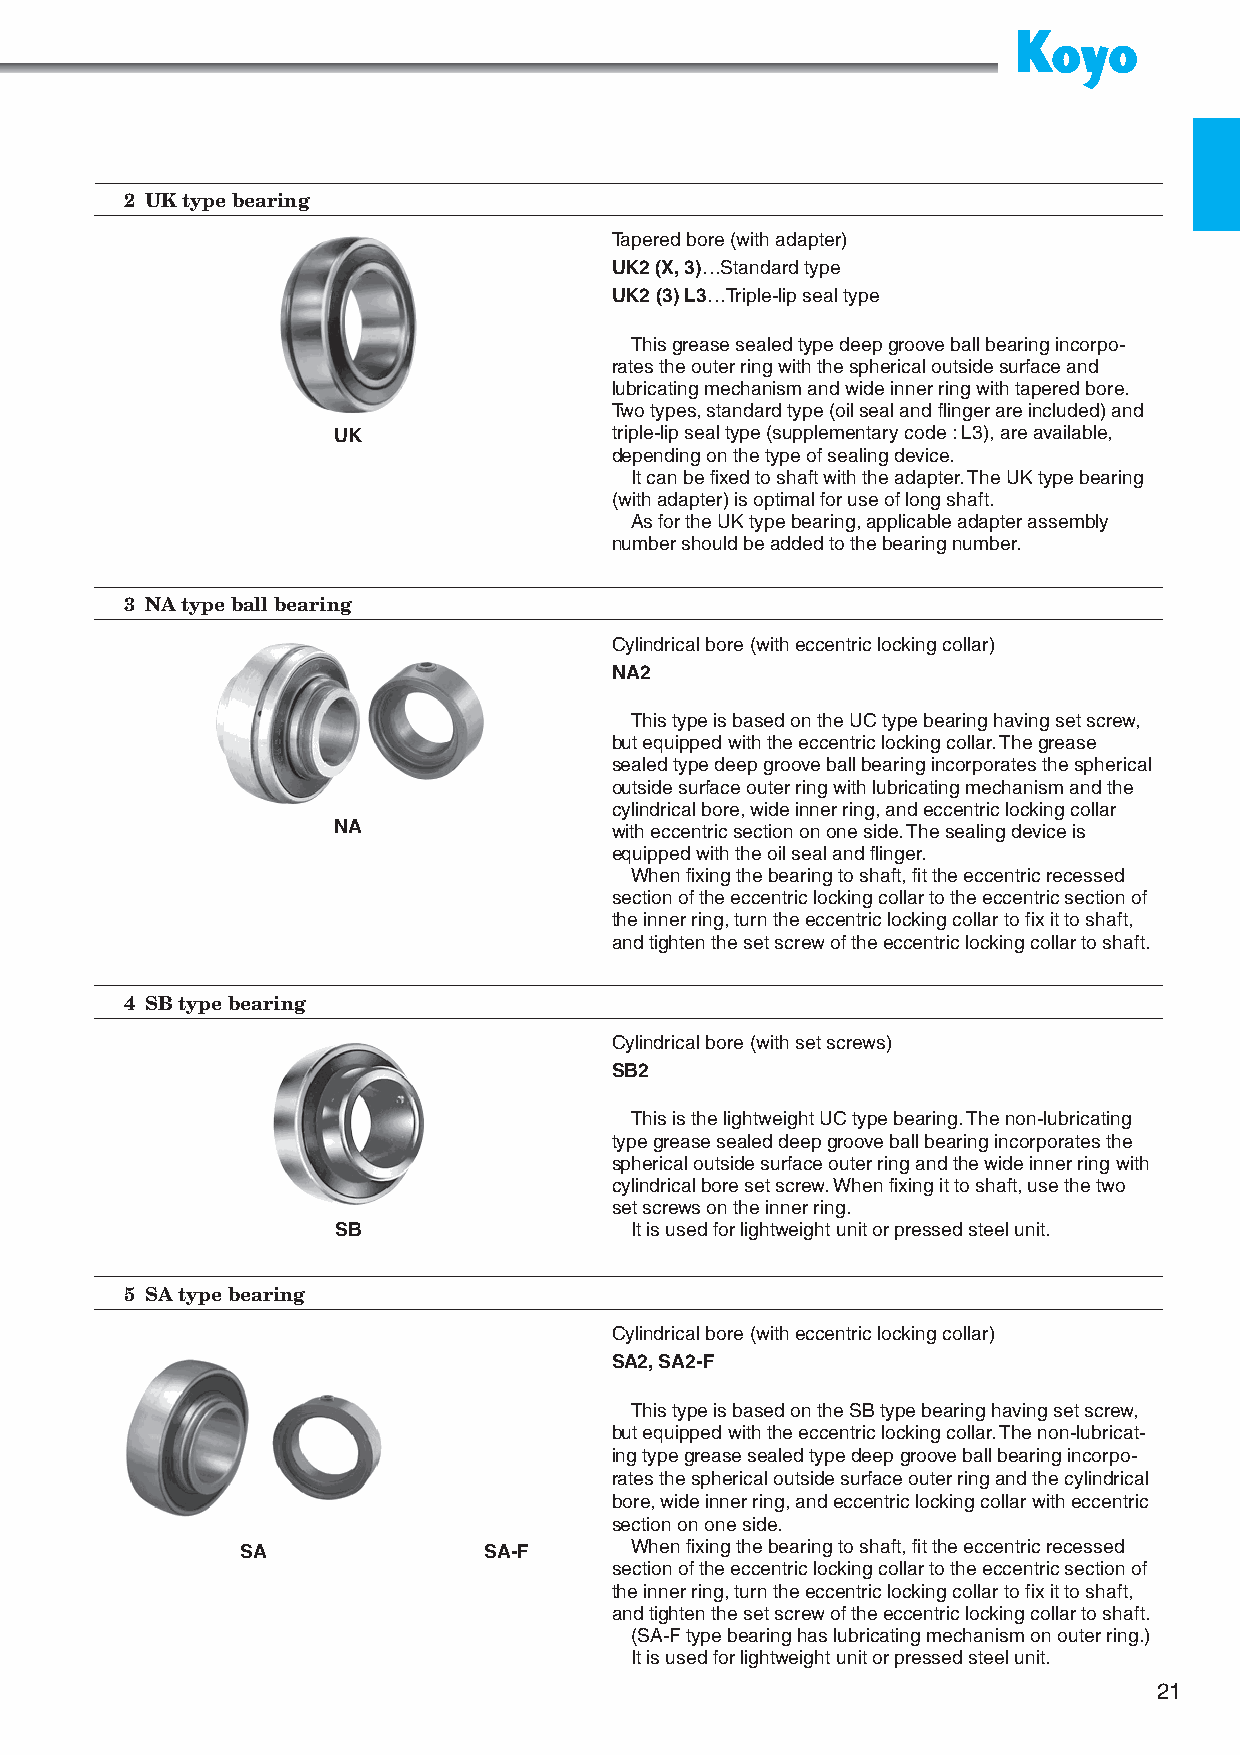
2 UK type bearing
 Tapered bore (with adapter)
 UK2 (X, 3)…Standard type
 UK2 (3) L3…Triple-lip seal type
 This grease sealed type deep groove ball bearing incorpo-
 rates the outer ring with the spherical outside surface and
 lubricating mechanism and wide inner ring with tapered bore.
 Two types, standard type (oil seal and flinger are included) and
 UK                triple-lip seal type (supplementary code : L3), are available,
 depending on the type of sealing device.
 It can be fixed to shaft with the adapter. The UK type bearing
 (with adapter) is optimal for use of long shaft.
 As for the UK type bearing, applicable adapter assembly
 number should be added to the bearing number.
 3 NA type ball bearing
 Cylindrical bore (with eccentric locking collar)
 NA2
 This type is based on the UC type bearing having set screw,
 but equipped with the eccentric locking collar. The grease
 sealed type deep groove ball bearing incorporates the spherical
 outside surface outer ring with lubricating mechanism and the
 cylindrical bore, wide inner ring, and eccentric locking collar
 NA                with eccentric section on one side. The sealing device is
 equipped with the oil seal and flinger.
 When fixing the bearing to shaft, fit the eccentric recessed
 section of the eccentric locking collar to the eccentric section of
 the inner ring, turn the eccentric locking collar to fix it to shaft,
 and tighten the set screw of the eccentric locking collar to shaft.
 4 SB type bearing
 Cylindrical bore (with set screws)
 SB2
 This is the lightweight UC type bearing. The non-lubricating
 type grease sealed deep groove ball bearing incorporates the
 spherical outside surface outer ring and the wide inner ring with
 cylindrical bore set screw. When fixing it to shaft, use the two
 set screws on the inner ring.
 SB                  It is used for lightweight unit or pressed steel unit.
 5 SA type bearing
 Cylindrical bore (with eccentric locking collar)
 SA2, SA2-F
 This type is based on the SB type bearing having set screw,
 but equipped with the eccentric locking collar. The non-lubricat-
 ing type grease sealed type deep groove ball bearing incorpo-
 rates the spherical outside surface outer ring and the cylindrical
 bore, wide inner ring, and eccentric locking collar with eccentric
 section on one side.
 SA              SA-F      When fixing the bearing to shaft, fit the eccentric recessed
 section of the eccentric locking collar to the eccentric section of
 the inner ring, turn the eccentric locking collar to fix it to shaft,
 and tighten the set screw of the eccentric locking collar to shaft.
 (SA-F type bearing has lubricating mechanism on outer ring.)
 It is used for lightweight unit or pressed steel unit.
 21